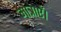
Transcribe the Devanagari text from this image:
मात्राएँ।